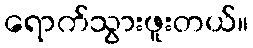
ရောက်သွားဖူးတယ်။